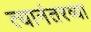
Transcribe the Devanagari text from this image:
त्यानंतरव्या